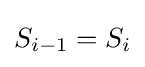
S_{i-1}=S_{i}